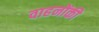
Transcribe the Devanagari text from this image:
वाहनोंकी